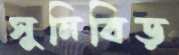
সুনিবিড়